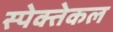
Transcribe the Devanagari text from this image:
स्पेक्तेकल